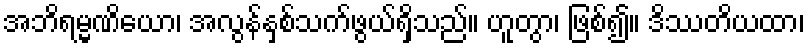
အဘိရမ္မဏိယော၊ အလွန်နှစ်သက်ဖွယ်ရှိသည်။ ဟူတွာ၊ ဖြစ်၍။ ဒိဿတိယထာ၊